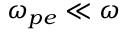
\omega _ { p e } \ll \omega